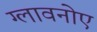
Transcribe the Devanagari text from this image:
ग्लावनोए